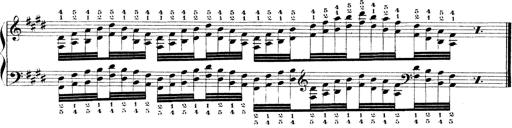
Title: Technische Studien
Composer: Franz Liszt